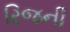
રિજની